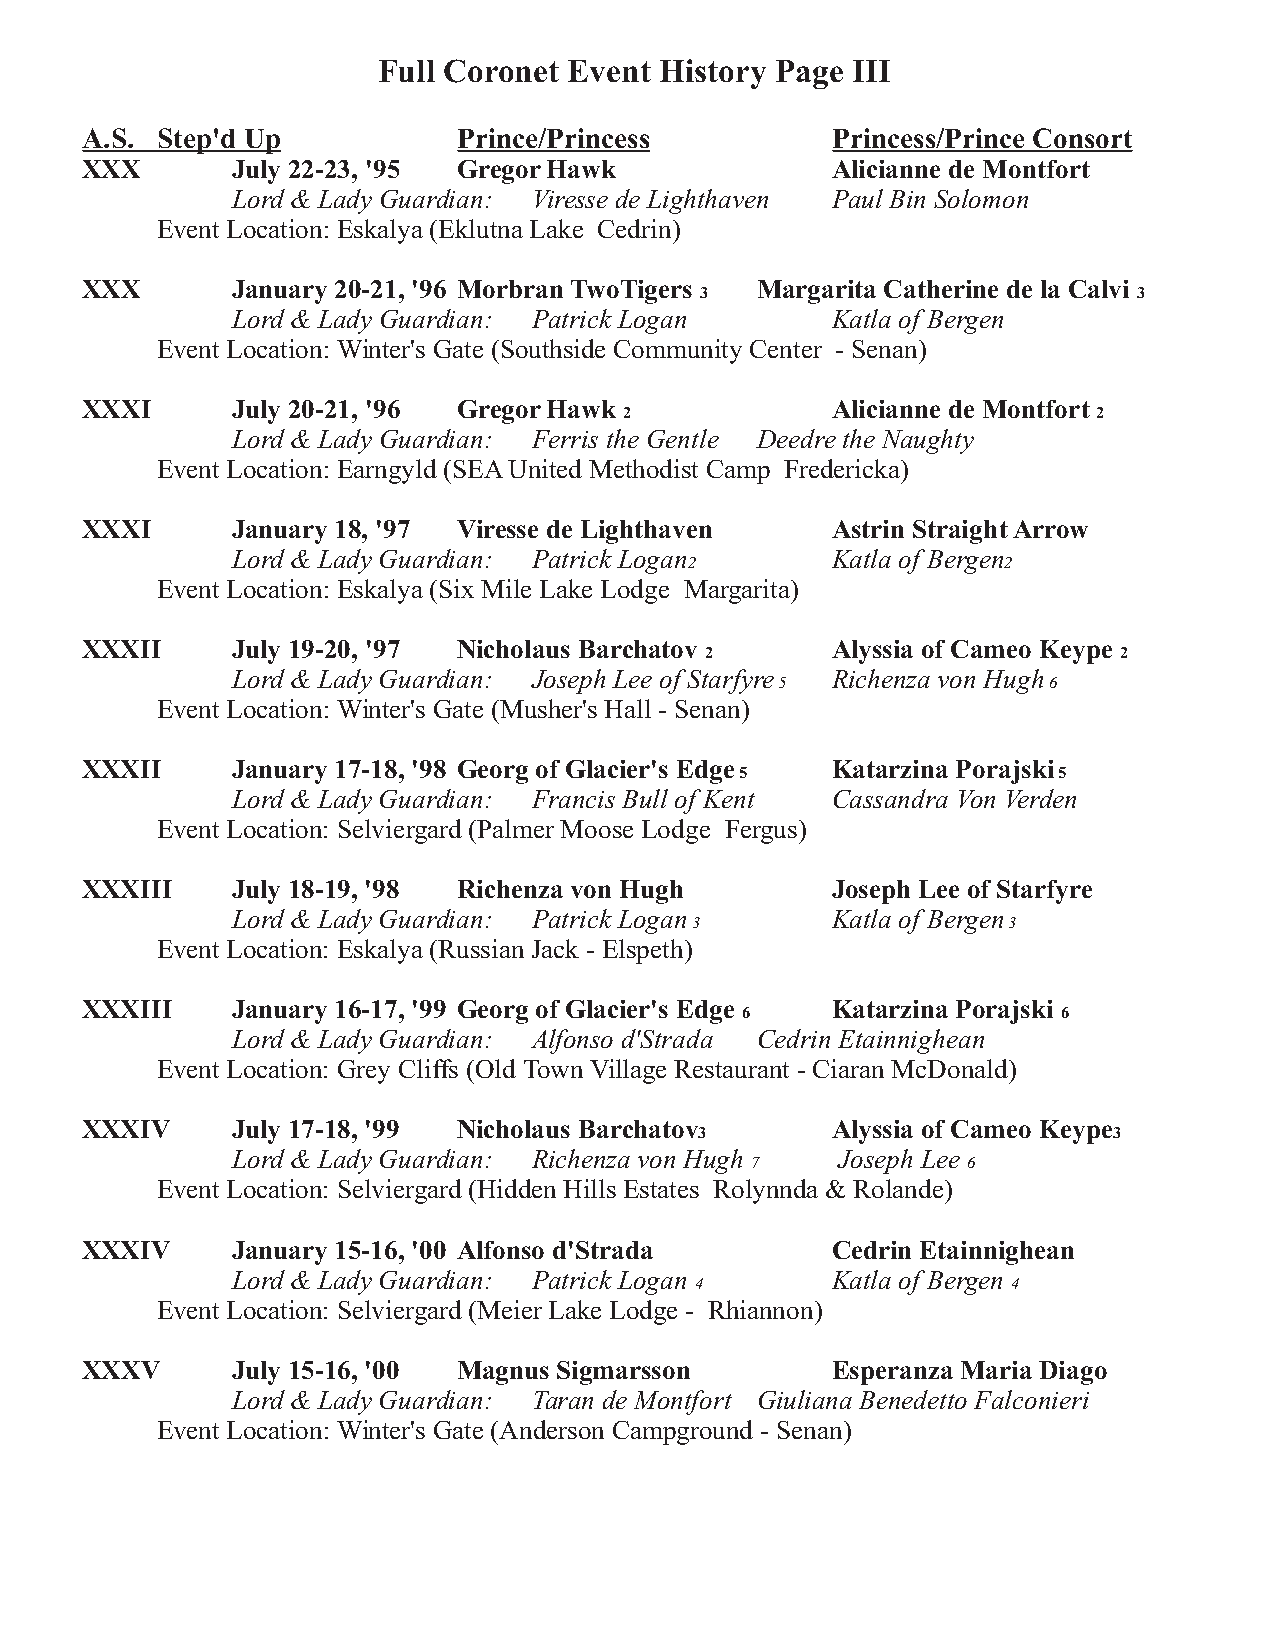
Full Coronet Event History Page III
 A.S. Step'd Up           Prince/Princess          Princess/Prince Consort
 XXX       July 22-23, '95 Gregor Hawk             Alicianne de Montfort
 Lord & Lady Guardian: Viresse de Lighthaven Paul Bin Solomon
 Event Location: Eskalya (Eklutna Lake Cedrin)
 XXX       January 20-21, '96 Morbran TwoTigers Margarita Catherine de la Calvi
 3                            3
 Lord & Lady Guardian: Patrick Logan     Katla of Bergen
 Event Location: Winter's Gate (Southside Community Center - Senan)
 XXXI      July 20-21, '96 Gregor Hawk             Alicianne de Montfort
 2                               2
 Lord & Lady Guardian: Ferris the Gentle Deedre the Naughty
 Event Location: Earngyld (SEA United Methodist Camp Fredericka)
 XXXI      January 18, '97 Viresse de Lighthaven   Astrin Straight Arrow
 Lord & Lady Guardian: Patrick Logan     Katla of Bergen
 2                   2
 Event Location: Eskalya (Six Mile Lake Lodge Margarita)
 XXXII     July 19-20, '97 Nicholaus Barchatov     Alyssia of Cameo Keype
 2                          2
 Lord & Lady Guardian: Joseph Lee of Starfyre Richenza von Hugh
 5                6
 Event Location: Winter's Gate (Musher's Hall - Senan)
 XXXII     January 17-18, '98 Georg of Glacier's Edge Katarzina Porajski
 5                    5
 Lord & Lady Guardian: Francis Bull of Kent Cassandra Von Verden
 Event Location: Selviergard (Palmer Moose Lodge Fergus)
 XXXIII    July 18-19, '98 Richenza von Hugh       Joseph Lee of Starfyre
 Lord & Lady Guardian: Patrick Logan     Katla of Bergen
 3                    3
 Event Location: Eskalya (Russian Jack - Elspeth)
 XXXIII    January 16-17, '99 Georg of Glacier's Edge Katarzina Porajski
 6                    6
 Lord & Lady Guardian: Alfonso d'Strada Cedrin Etainnighean
 Event Location: Grey Cliffs (Old Town Village Restaurant - Ciaran McDonald)
 XXXIV     July 17-18, '99 Nicholaus Barchatov     Alyssia of Cameo Keype
 3                           3
 Lord & Lady Guardian: Richenza von Hugh  Joseph Lee
 7             6
 Event Location: Selviergard (Hidden Hills Estates Rolynnda & Rolande)
 XXXIV     January 15-16, '00 Alfonso d'Strada     Cedrin Etainnighean
 Lord & Lady Guardian: Patrick Logan     Katla of Bergen
 4                    4
 Event Location: Selviergard (Meier Lake Lodge - Rhiannon)
 XXXV      July 15-16, '00 Magnus Sigmarsson       Esperanza Maria Diago
 Lord & Lady Guardian: Taran de Montfort Giuliana Benedetto Falconieri
 Event Location: Winter's Gate (Anderson Campground - Senan)